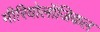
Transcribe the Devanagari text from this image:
मीरियोलॉजिकल